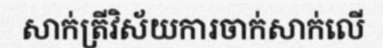
សាក់ត្រីវិស័យការចាក់សាក់លើ